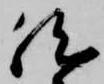
然